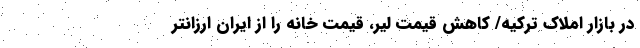
در بازار املاک ترکیه/ کاهش قیمت لیر، قیمت خانه را از ایران ارزانتر